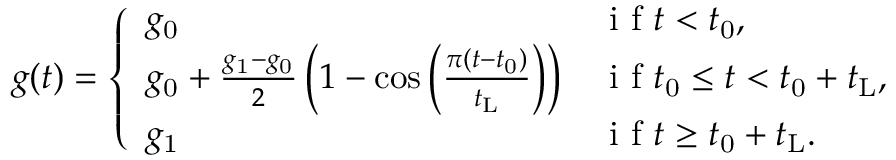
g ( t ) = \left\{ \begin{array} { l l } { g _ { \mathrm { 0 } } } & { \mathrm { ~ i ~ f ~ } t < t _ { \mathrm { 0 } } , } \\ { g _ { \mathrm { 0 } } + \frac { g _ { \mathrm { 1 } } - g _ { \mathrm { 0 } } } { 2 } \left( 1 - \cos \left( \frac { \pi ( t - t _ { \mathrm { 0 } } ) } { t _ { \mathrm { L } } } \right) \right) } & { \mathrm { ~ i ~ f ~ } t _ { \mathrm { 0 } } \leq t < t _ { \mathrm { 0 } } + t _ { \mathrm { L } } , } \\ { g _ { \mathrm { 1 } } } & { \mathrm { ~ i ~ f ~ } t \geq t _ { \mathrm { 0 } } + t _ { \mathrm { L } } . } \end{array} \right.